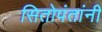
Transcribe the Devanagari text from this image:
सितोपंतांनी